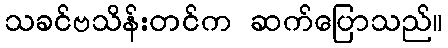
သခင်ဗသိန်းတင်က ဆက်ပြောသည်။